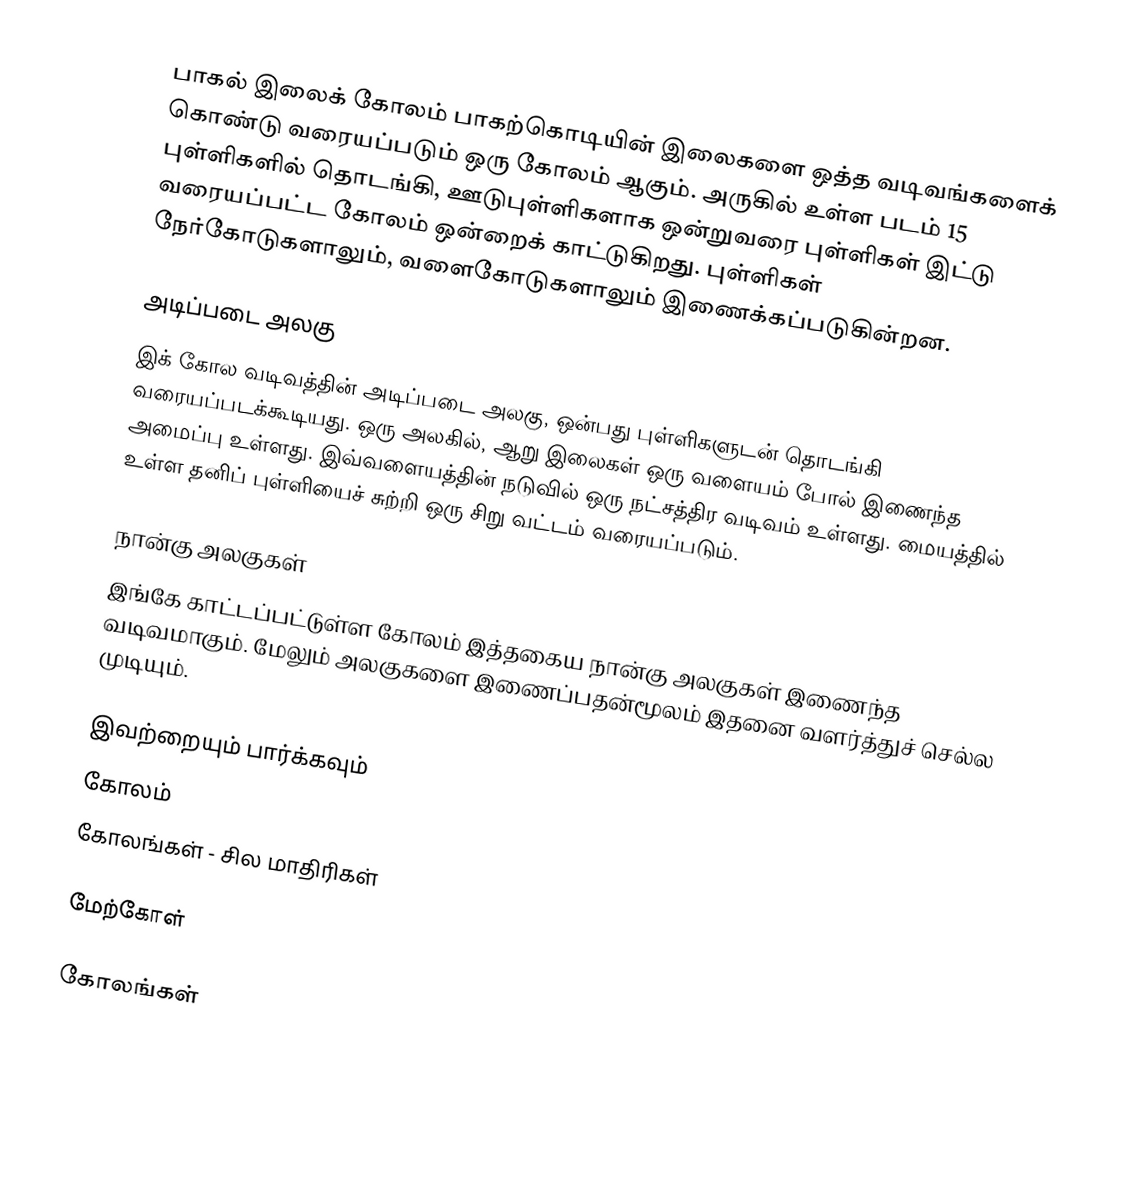
பாகல் இலைக் கோலம் பாகற்கொடியின் இலைகளை ஒத்த வடிவங்களைக் கொண்டு வரையப்படும் ஒரு கோலம் ஆகும். அருகில் உள்ள படம் 15 புள்ளிகளில் தொடங்கி, ஊடுபுள்ளிகளாக ஒன்றுவரை புள்ளிகள் இட்டு வரையப்பட்ட கோலம் ஒன்றைக் காட்டுகிறது. புள்ளிகள் நேர்கோடுகளாலும், வளைகோடுகளாலும் இணைக்கப்படுகின்றன.

அடிப்படை அலகு
இக் கோல வடிவத்தின் அடிப்படை அலகு, ஒன்பது புள்ளிகளுடன் தொடங்கி வரையப்படக்கூடியது. ஒரு அலகில், ஆறு இலைகள் ஒரு வளையம் போல் இணைந்த அமைப்பு உள்ளது. இவ்வளையத்தின் நடுவில் ஒரு நட்சத்திர வடிவம் உள்ளது. மையத்தில் உள்ள தனிப் புள்ளியைச் சுற்றி ஒரு சிறு வட்டம் வரையப்படும்.

நான்கு அலகுகள்
இங்கே காட்டப்பட்டுள்ள கோலம் இத்தகைய நான்கு அலகுகள் இணைந்த வடிவமாகும். மேலும் அலகுகளை இணைப்பதன்மூலம் இதனை வளர்த்துச் செல்ல முடியும்.

இவற்றையும் பார்க்கவும்
 கோலம்
 கோலங்கள் - சில மாதிரிகள்

மேற்கோள்

கோலங்கள்